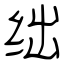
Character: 绌